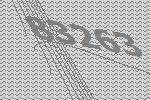
83263